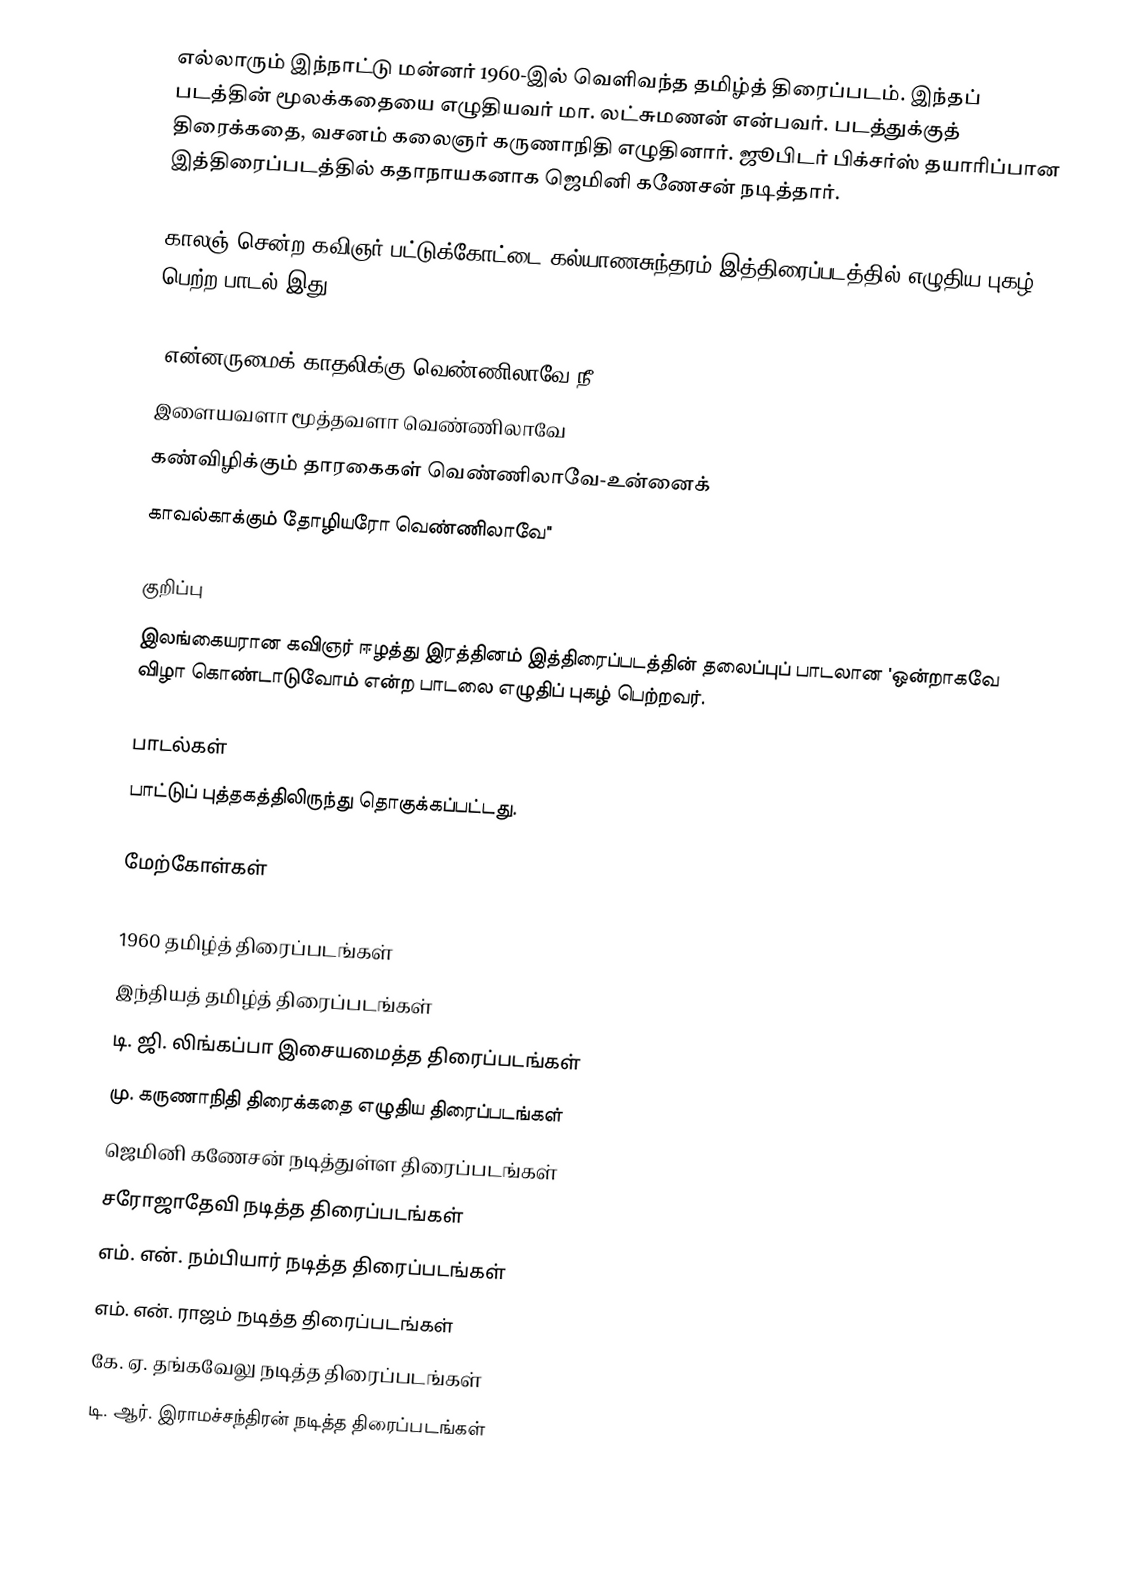
எல்லாரும் இந்நாட்டு மன்னர் 1960-இல் வெளிவந்த தமிழ்த் திரைப்படம். இந்தப் படத்தின் மூலக்கதையை எழுதியவர் மா. லட்சுமணன் என்பவர். படத்துக்குத் திரைக்கதை, வசனம் கலைஞர் கருணாநிதி எழுதினார்.   ஜூபிடர் பிக்சர்ஸ் தயாரிப்பான இத்திரைப்படத்தில் கதாநாயகனாக ஜெமினி கணேசன் நடித்தார்.

காலஞ் சென்ற கவிஞர் பட்டுக்கோட்டை கல்யாணசுந்தரம் இத்திரைப்படத்தில் எழுதிய புகழ் பெற்ற பாடல் இது -

"என்னருமைக் காதலிக்கு வெண்ணிலாவே-நீ
இளையவளா மூத்தவளா வெண்ணிலாவே
கண்விழிக்கும் தாரகைகள் வெண்ணிலாவே-உன்னைக்
காவல்காக்கும் தோழியரோ வெண்ணிலாவே"

குறிப்பு
இலங்கையரான  கவிஞர் ஈழத்து இரத்தினம் இத்திரைப்படத்தின் தலைப்புப் பாடலான 'ஒன்றாகவே விழா கொண்டாடுவோம் என்ற பாடலை எழுதிப் புகழ் பெற்றவர்.

பாடல்கள்
பாட்டுப் புத்தகத்திலிருந்து தொகுக்கப்பட்டது.

மேற்கோள்கள்

1960 தமிழ்த் திரைப்படங்கள்
இந்தியத் தமிழ்த் திரைப்படங்கள்
டி. ஜி. லிங்கப்பா இசையமைத்த திரைப்படங்கள்
மு. கருணாநிதி திரைக்கதை எழுதிய திரைப்படங்கள்
ஜெமினி கணேசன் நடித்துள்ள திரைப்படங்கள்
சரோஜாதேவி நடித்த திரைப்படங்கள்
எம். என். நம்பியார் நடித்த திரைப்படங்கள்
எம். என். ராஜம் நடித்த திரைப்படங்கள்
கே. ஏ. தங்கவேலு நடித்த திரைப்படங்கள்
டி. ஆர். இராமச்சந்திரன் நடித்த திரைப்படங்கள்